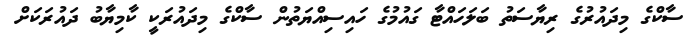
ސާކްގެ މިދައުރުގެ ރިޔާސަތު ބަލަހައްޓާ ގައުމުގެ ހައިސިއްޔަތުން ސާކްގެ މިދައުރަކީ ކާމިޔާބު ދައުރަކަށް